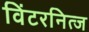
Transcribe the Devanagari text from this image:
विंटरनित्ज